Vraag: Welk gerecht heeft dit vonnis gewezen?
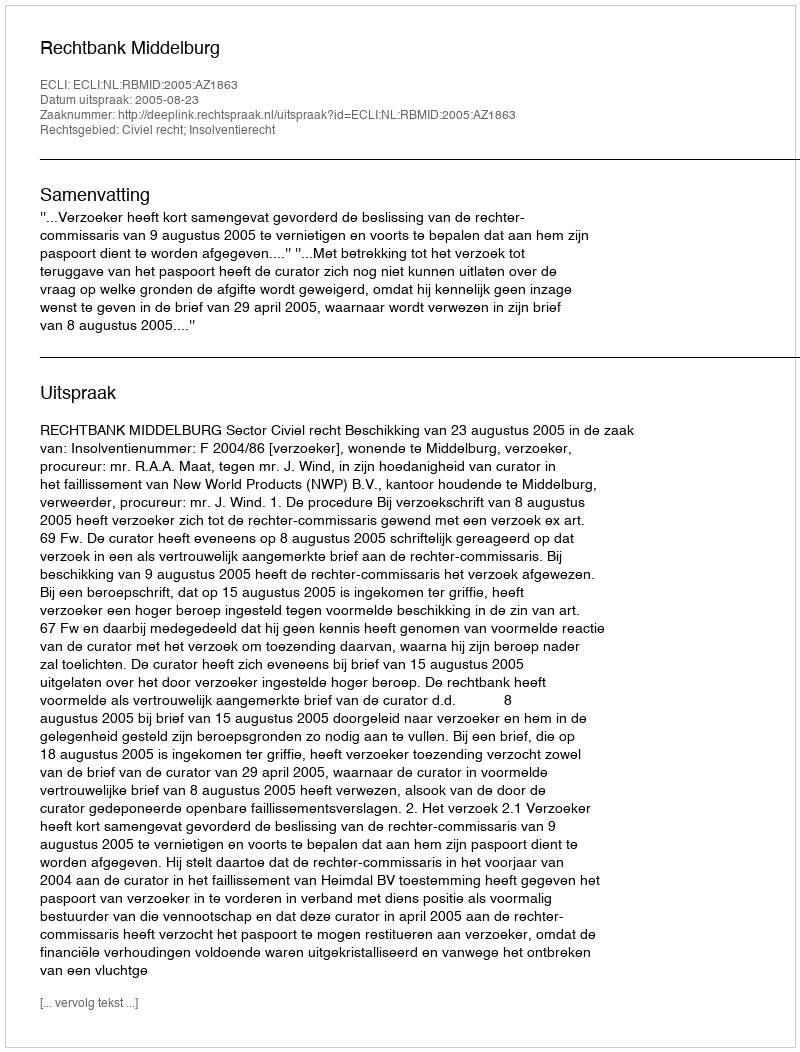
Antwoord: Rechtbank Middelburg